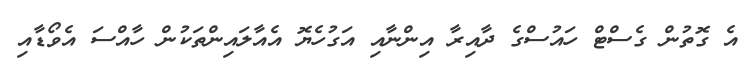
އެ ގޮތުން ގެސްޓް ހައުސްގެ ދާއިރާ އިންނާއި އަގުހެޔޮ އެއާލައިންތަކުން ހާއްސަ އެވޯޑާއި